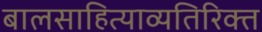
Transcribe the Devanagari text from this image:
बालसाहित्याव्यतिरिक्त